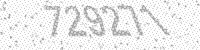
Solution: 729271